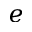
e